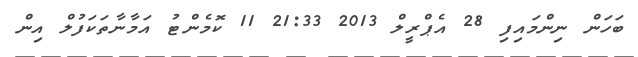
ބަހަން ނިންމައިފި 28 އެޕްރީލް 2013 21:33 11 ކޮމެންޓު އަމާނާތަކަފުލް އިން